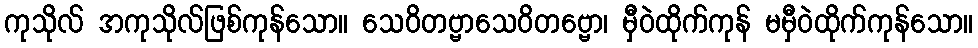
ကုသိုလ် အကုသိုလ်ဖြစ်ကုန်သော။ သေဝိတဗ္ဗာသေဝိတဗ္ဗော၊ မှီဝဲထိုက်ကုန် မမှီဝဲထိုက်ကုန်သော။